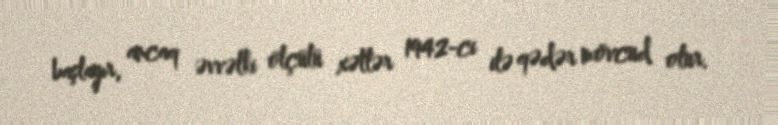
başlayır, ancaq əvvəlki ölçülü xətlər 1942-ci ilə qədər mövcud olur.